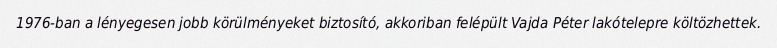
1976-ban a lényegesen jobb körülményeket biztosító, akkoriban felépült Vajda Péter lakótelepre költözhettek.